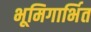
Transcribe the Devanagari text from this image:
भूमिगार्भित